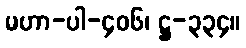
မဟာ-ပါ-၄၀၆၊ ဋ္ဌ-၃၃၄။